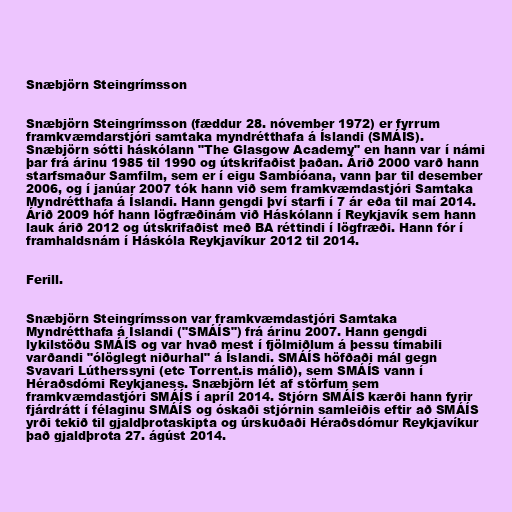
Snæbjörn Steingrímsson

Snæbjörn Steingrímsson (fæddur 28. nóvember 1972) er fyrrum
framkvæmdarstjóri samtaka myndrétthafa á Íslandi (SMÁÍS).
Snæbjörn sótti háskólann "The Glasgow Academy" en hann var í námi
þar frá árinu 1985 til 1990 og útskrifaðist þaðan. Árið 2000 varð hann
starfsmaður Samfilm, sem er í eigu Sambíóana, vann þar til desember
2006, og í janúar 2007 tók hann við sem framkvæmdastjóri Samtaka
Myndrétthafa á Íslandi. Hann gengdi því starfi í 7 ár eða til maí 2014.
Árið 2009 hóf hann lögfræðinám við Háskólann í Reykjavík sem hann
lauk árið 2012 og útskrifaðist með BA réttindi í lögfræði. Hann fór í
framhaldsnám í Háskóla Reykjavíkur 2012 til 2014.

Ferill.

Snæbjörn Steingrímsson var framkvæmdastjóri Samtaka
Myndrétthafa á Íslandi ("SMÁÍS") frá árinu 2007. Hann gengdi
lykilstöðu SMÁÍS og var hvað mest í fjölmiðlum á þessu tímabili
varðandi "ólöglegt niðurhal" á Íslandi. SMÁÍS höfðaði mál gegn
Svavari Lútherssyni (etc Torrent.is málið), sem SMÁÍS vann í
Héraðsdómi Reykjaness. Snæbjörn lét af störfum sem
framkvæmdastjóri SMÁÍS í apríl 2014. Stjórn SMÁÍS kærði hann fyrir
fjárdrátt í félaginu SMÁÍS og óskaði stjórnin samleiðis eftir að SMÁÍS
yrði tekið til gjaldþrotaskipta og úrskuðaði Héraðsdómur Reykjavíkur
það gjaldþrota 27. ágúst 2014.